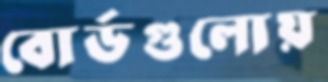
বোর্ডগুলোয়